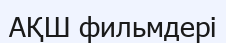
АҚШ фильмдері